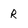
Character: R